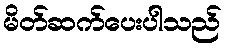
မိတ်ဆက်ပေးပါသည်